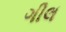
ગીલ